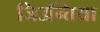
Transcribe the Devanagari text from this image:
जिउन्तिया